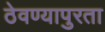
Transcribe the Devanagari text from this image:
ठेवण्यापुरता